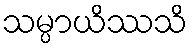
သမ္ပာယိဿသိ